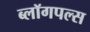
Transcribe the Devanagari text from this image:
ब्लॉगपल्स